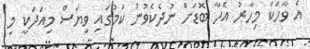
އެ ވާހަކަ މިހާރު އެހާ ބޮޑަށް ނުދެކެވުނު ކަމުގައި ވިޔަސް މިއަދަކީ މި